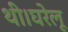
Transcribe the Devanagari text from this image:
थी।घरेलू